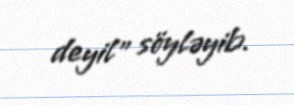
deyil” söyləyib.